Scottish Leaving Certificate Examination, 1951
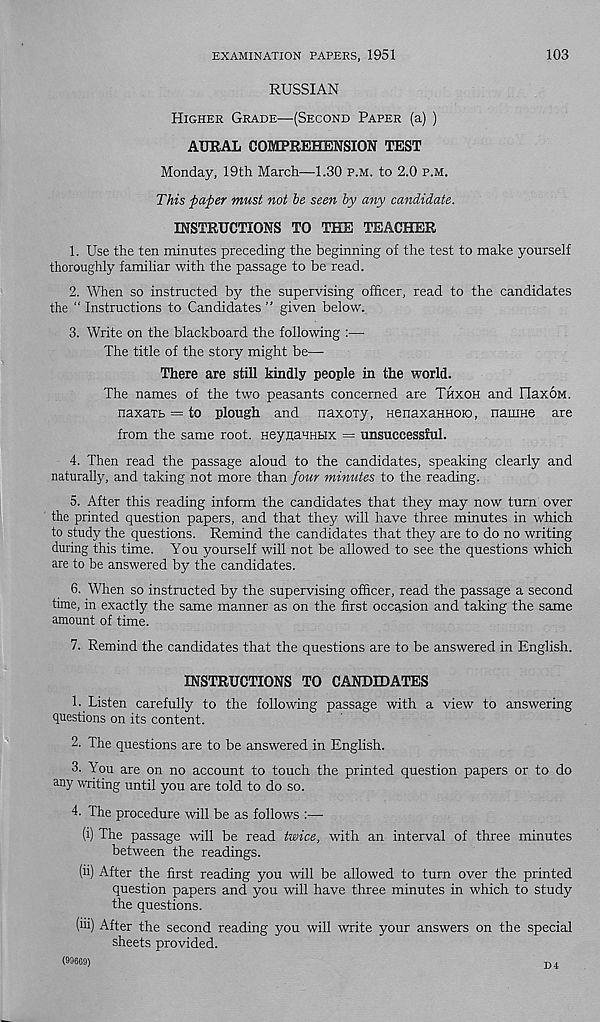
EXAMINATION PAPERS, 1951
103
RUSSIAN
Higher Grade—(Second Paper (a) )
AURAL COMPREHENSION TEST
Monday, 19th March—1.30 p.m. to 2.0 p.m.
This paper must not he seen by any candidate.
INSTRUCTIONS TO THE TEACHER
1. Use the ten minutes preceding the beginning of the test to make yourself
thoroughly familiar with the passage to be read.
2. When so instructed by the supervising officer, read to the candidates
the “ Instructions to Candidates ” given below.
3. Write on the blackboard the following :—
The title of the story might be—
There are still kindly people in the world.
The names of the two peasants concerned are Thxoh and Flax6m.
naxatb = to plough and naxoxy, HenaxaHHoio, nauine are
from the same root. HeynaHHbix = unsuccessful.
4. Then read the passage aloud to the candidates, speaking clearly and
naturally, and taking not more than four minutes to the reading.
5. After this reading inform the candidates that they may now turn over
the printed question papers, and that they will have three minutes in which
to study the questions. Remind the candidates that they are to do no writing
during this time. You yourself will not be allowed to see the questions which
are to be answered by the candidates.
6. When so instructed by the supervising officer, read the passage a second
time, in exactly the same manner as on the first occasion and taking the same
amount of time.
7. Remind the candidates that the questions are to be answered in English.
INSTRUCTIONS TO CANDIDATES
1. Listen carefully to the following passage with a view to answering
questions on its content.
2. The questions are to be answered in English.
3. You are on no account to touch the printed question papers or to do
any writing until you are told to do so.
4. The procedure will be as follows :—
(i) The passage will be read twice, with an interval of three minutes
between the readings.
(ii) After the first reading you will be allowed to turn over the printed
question papers and you will have three minutes in which to study
the questions.
(iii) After the second reading you will write your answers on the special
sheets provided.